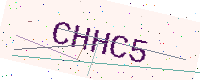
Text: CHHC5